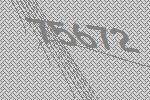
75672